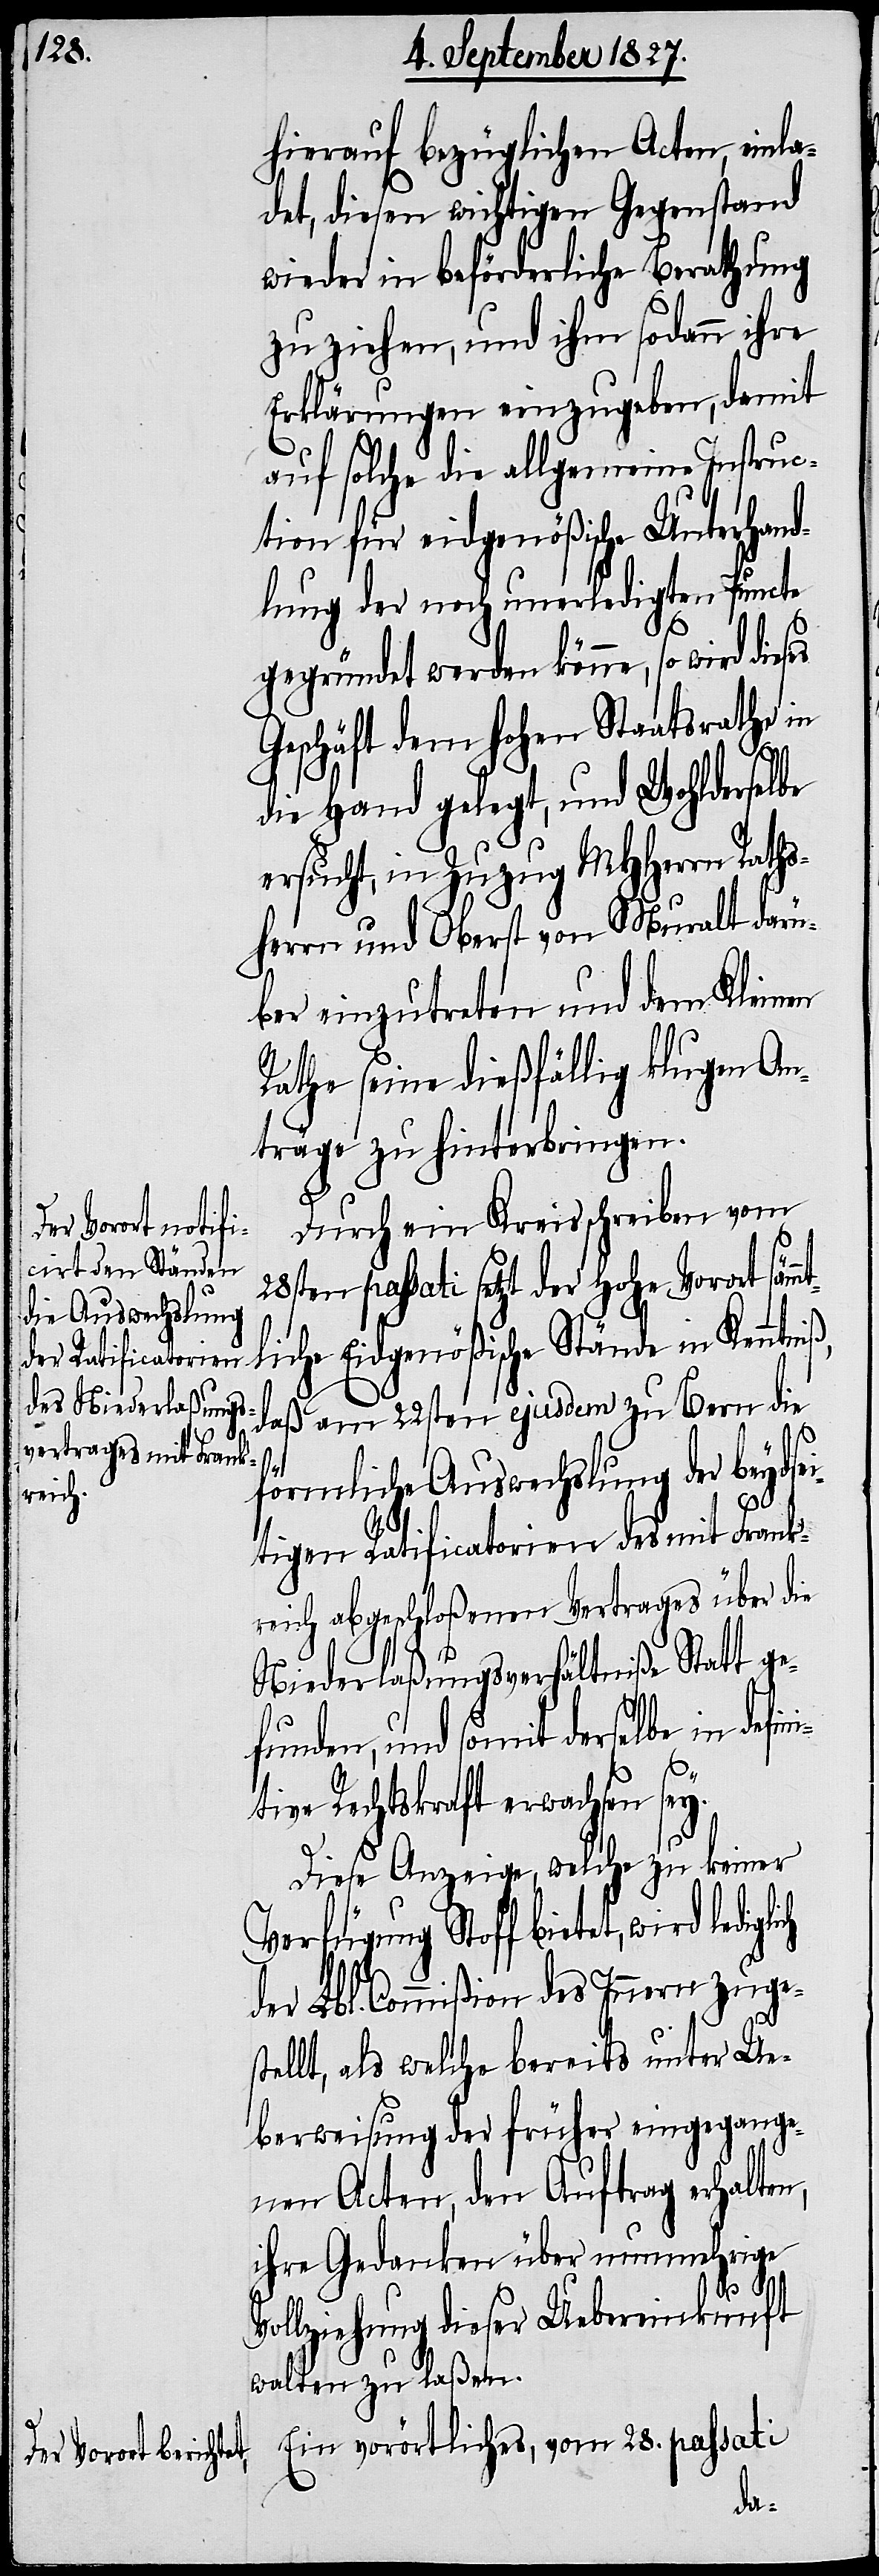
hierauf bezüglichen Acten, einla¬
det, diesen wichtigen Gegenstand
wieder in beförderliche Berathung
zu ziehen, und ihm sodann ihre
Erklärungen einzugeben, damit
auf solche die allgemeine Instruc¬
tion für eidgenößische Unterhand¬
lungen der noch unerledigten Puncte
gegründet werden könne, so wird dieses
Geschäft dem hohen Staatsrathe in
die Hand gelegt, und Wohlderselbe
ersucht, in Zuzug MHHerrn Raths¬
herrn und Oberst von Muralt darü¬
ber einzutreten und dem Kleinen
Rathe seine dießfällig klugen An¬
träge zu hinterbringen.
Durch ein Kreisschreiben vom
passati setzt der Hohe Vorort säm¬
iche Eidgenößische Stände in Kenntni¬
daß am 22sten ejusdem zu Bern die
ich
förmliche Auswechslung der beydse¬
itigen Ratificatorien des mit Frank¬
reich abgeschloßenen Vertrages über die
Niederlaßungsverhältniße Statt g¬
funden, und somit derselbe in def¬
tive Rechtskraft erwachsen sey.
Diese Anzeige, welche zu keiner
Verfügung Stoff bietet, wird ledigl¬
der Lbl. Commißion des Innern zuges¬
tellt, als welche bereits unter Ue¬
berweisung der früher eingegange¬
nen Acten, den Auftrag erhalten,
ihre Gedanken über nunmehrige
Vollziehung dieser Uebereinkunft
walten zu laßen.
Ein vorörtliches, vom 28. passati